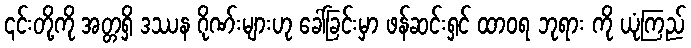
၎င်းတို့ကို အတ္တရှိ ဒဿန ဂိုဏ်းများဟု ခေါ်ခြင်းမှာ ဖန်ဆင်းရှင် ထာဝရ ဘုရား ကို ယုံကြည်